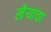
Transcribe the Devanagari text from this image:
खैर्‍यांचा